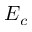
E _ { c }